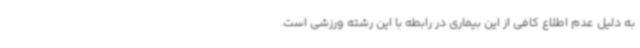
به دلیل عدم اطلاع کافی از این بیماری در رابطه با این رشته ورزشی است.